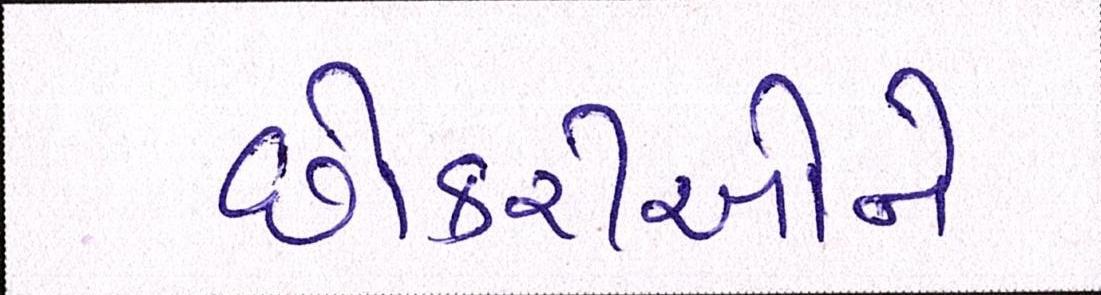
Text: છોકરીઓને